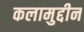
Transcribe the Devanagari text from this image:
कलामुद्दीन